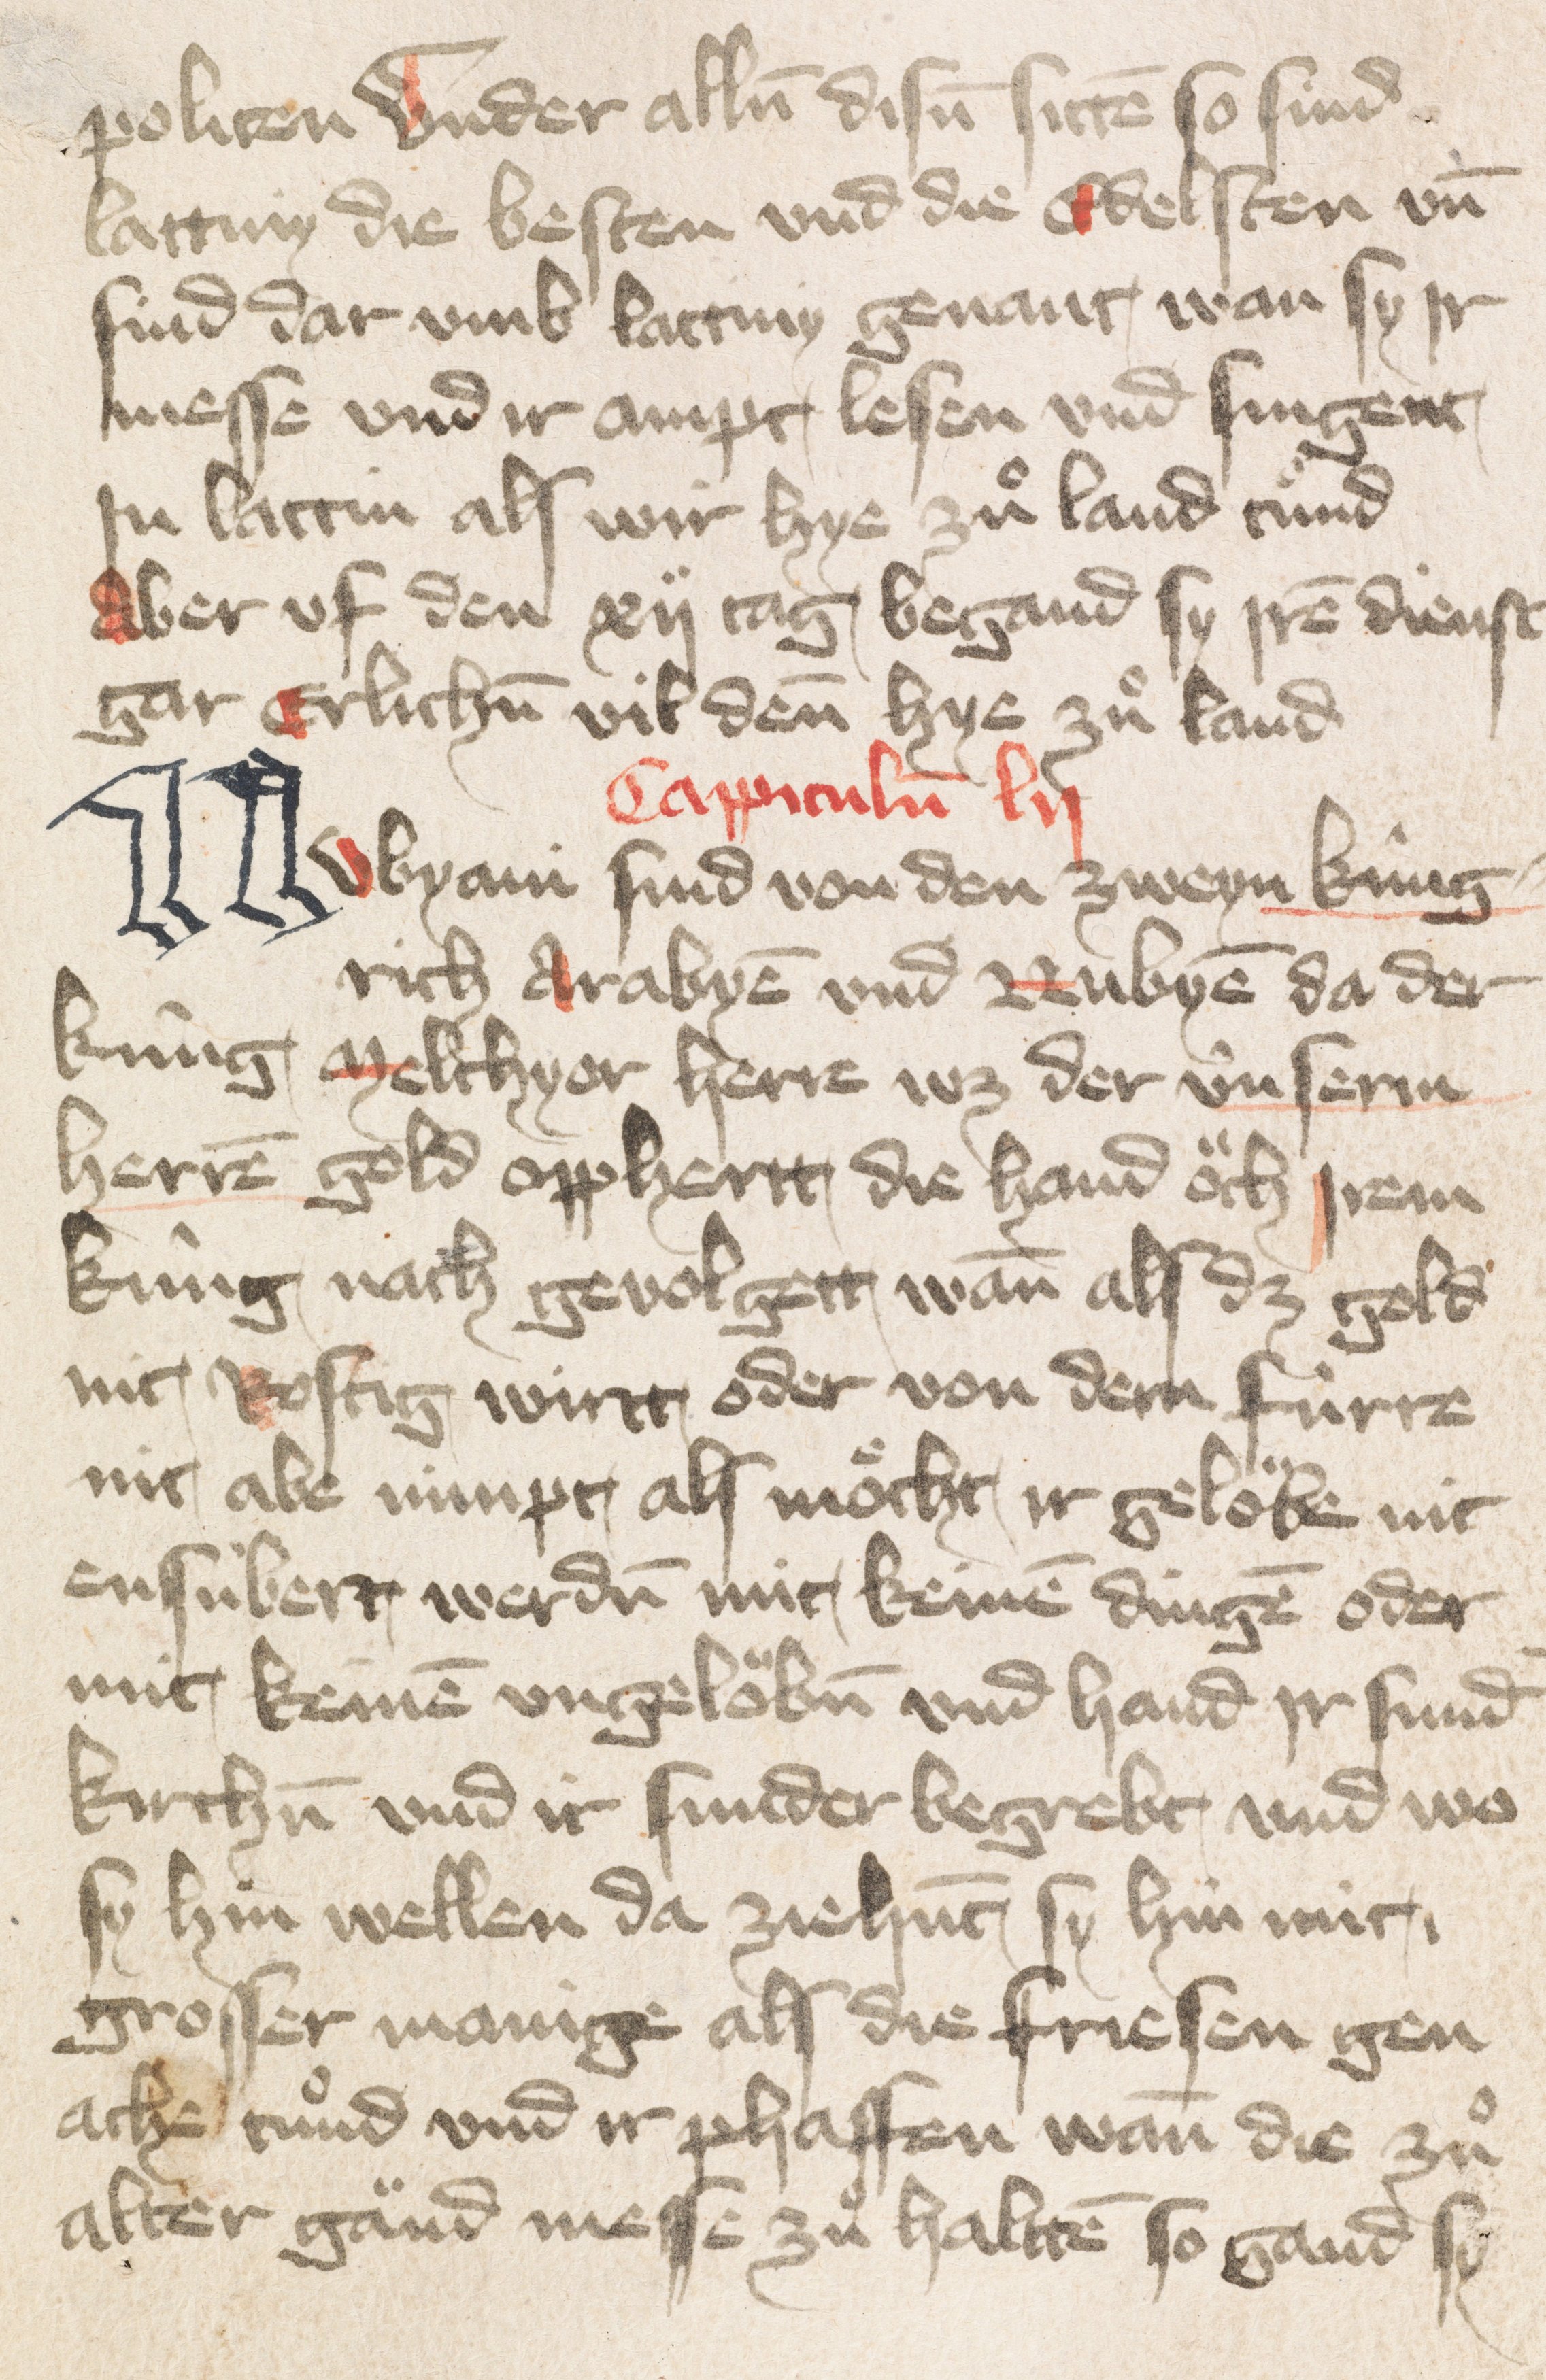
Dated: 1400–1424